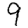
Digit: 9